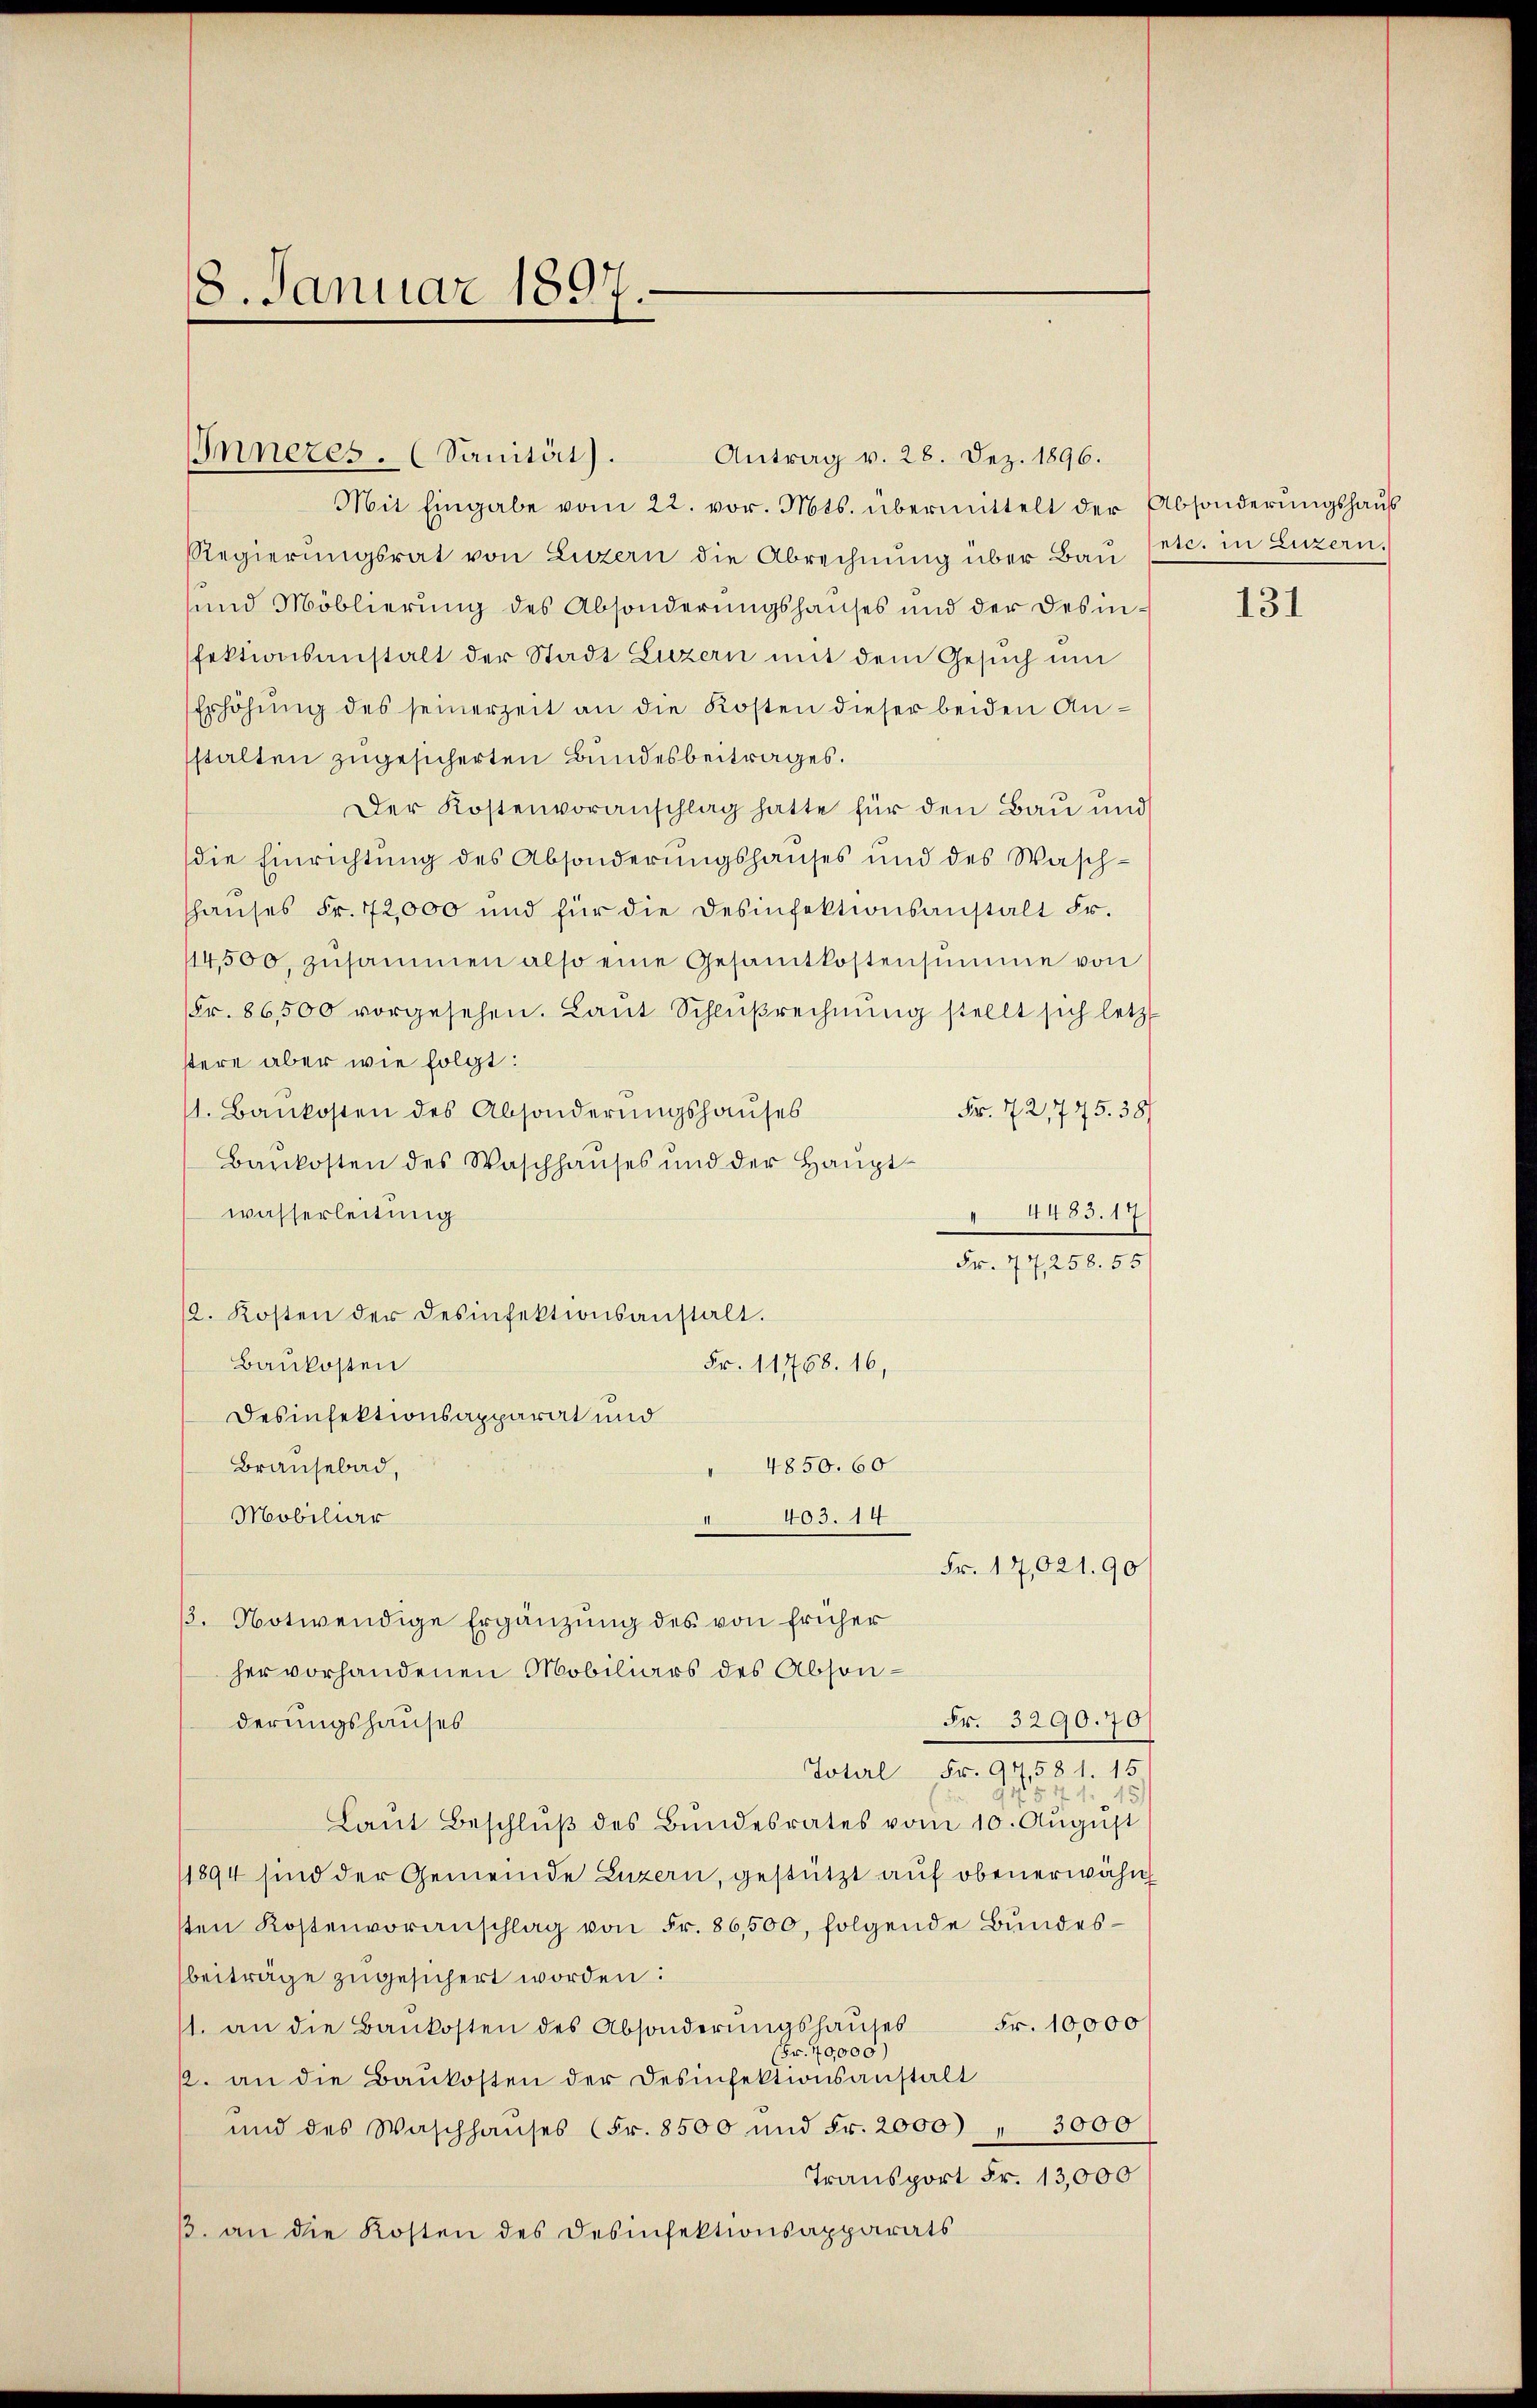
8. Januar 1897.

Inneres. (Sanität).
Mit Eingabe vom 22. vor. Mts. übermittelt der Absonderungshaus
Regierŭngsrat von Luzern die Abrechnŭng über Bau etc. in Luzern.
und Moblierung des Absonderungshauses und der Desinfektionsanstalt der Stadt Luzern mit dem Gesuch um
Erhöhŭng des seinerzeit an die Kosten dieser beiden Anstalten zugesicherten Bundesbeitrages.
Der Kostenvoranschlag hatte für den Bau und
die Einrichtung des Absonderungshauses und des Wasch-
thauses Fr. 72,000 und für die Desinfektionsanstalt Fr.
114500 zŭsammen also eine Gesamtkostensumme von
Fr. 86,500 vorgesehen. Laut Schlußrechnung stellt sich letzt
stere aber wie folgt:
1. Baukosten des Absonderungshauses
Fr. 72,775. 38/
Baukosten des Waschhaŭses und der Haŭptwasserleitung
4483. 17
Fr. 77, 258. 55
12. Kosten der Desinfektionsanstalt.
Baukosten
Desinfektionsapparat und
4850. 60
Brausebad,
Mobiliar
403. 14
2
Fr. 17,021. 90
13. Notwendige Ergänzung des von früher
her vorhandenen Mobiliars des Abson¬
Fr. 3290. 70
derungshauses
Total Fr. 91581. 15.
 521.
5
Laŭt Beschlŭβ des Bŭndesrates vom 10. Aŭgŭst
1894 sind der Gemeinde Luzern, gestützt auf obenerwähnt
sten Kostenvoranschlag von Fr. 86,500, folgende Bundesbeiträge zugesichert worden:
Fr. 10,000
11. an die Baŭkosten des Absonderŭngshauses
(Fr. 40,000)
k. an die Baukosten der Desinfektionsanstalt
und des Waschhaŭses (Fr. 8500 und Fr. 2000) " 3000
Transport Fr. 13,000
ß. an die Kosten des Desinfektionsapparats

Fr. 11768. 16,

Antrag v. 28. Dez. 1896.

131